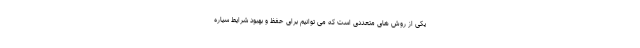
یکی از روش های متعددی است که می توانیم برای حفظ و بهبود شرایط سیاره